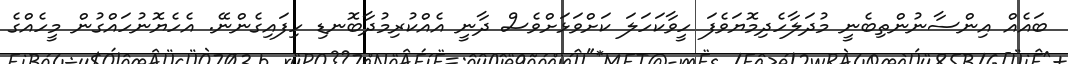
ބައެއް އިންސާނުންތިބެނީ މުދަލާހެދިމޮޔަވެފަ ހީވާކަހަލަ ކަށްވަޅަށްވެސް ދާނީ އެއްކުރިމުދާބޮނޑި ހިފައިގެންނޭ. އެހެޔޮނުހައްގުން މީހެއްގެ